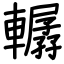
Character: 轏